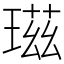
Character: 𤧹